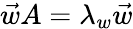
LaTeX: \vec{w}A=\lambda_{w}\vec{w}